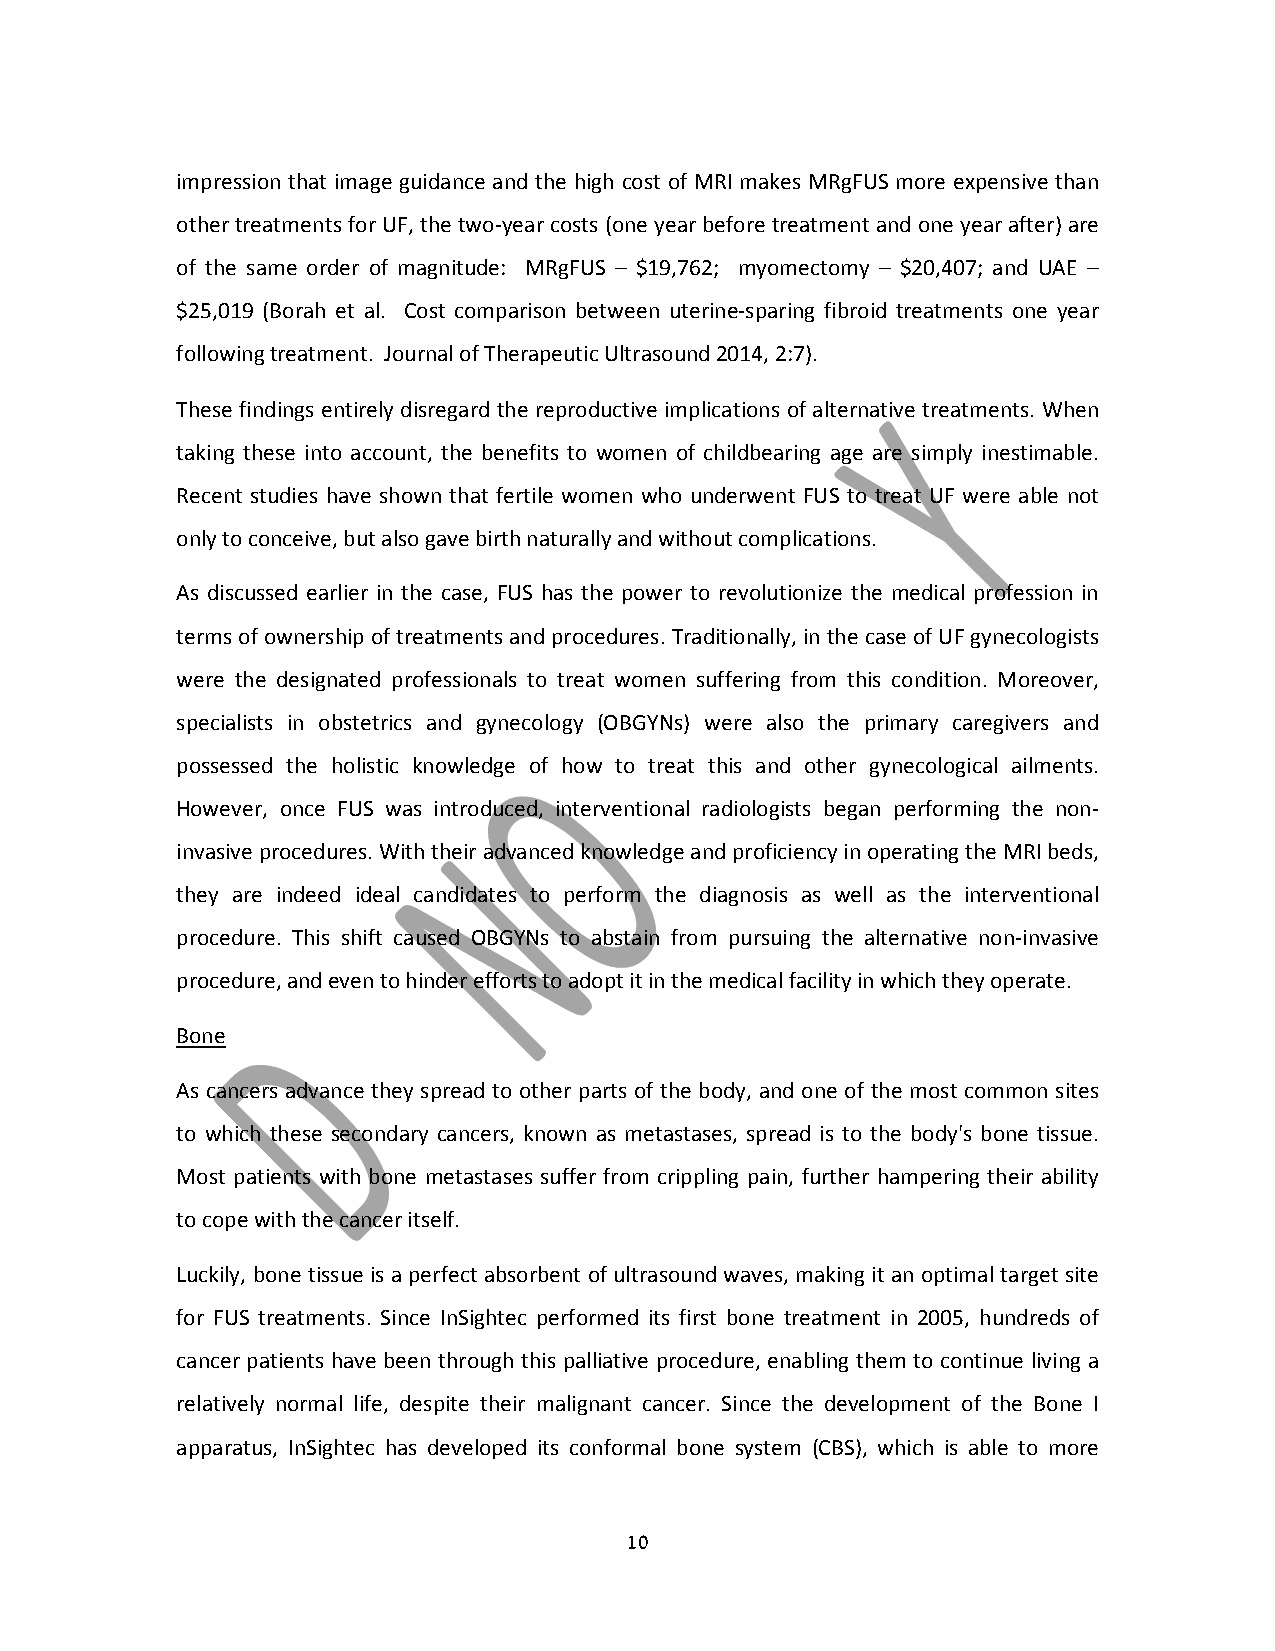
impression that image guidance and the high cost of MRI makes MRgFUS more expensive than
 other treatments for UF, the two‐year costs (one year before treatment and one year after) are
 of the same order of magnitude: MRgFUS – $19,762; myomectomy – $20,407; and UAE –
 $25,019 (Borah et al. Cost comparison between uterine‐sparing fibroid treatments one year
 following treatment. Journal of Therapeutic Ultrasound 2014, 2:7).
 These findings entirely disregard the reproductive implications of alternative treatments. When
 taking these into account, the benefits to women of childbearing age are simply inestimable.
 Recent studies have shown that fertile women who underwent FUS to treat UF were able not
 only to conceive, but also gave birth naturally and without complications.
 As discussed earlier in the case, FUS has the power to revolutionize the medical profession in
 terms of ownership of treatments and procedures. Traditionally, in the case of UF gynecologists
 were the designated professionals to treat women suffering from this condition. Moreover,
 specialists in obstetrics and gynecology (OBGYNs) were also the primary caregivers and
 possessed the holistic knowledge of how to treat this and other gynecological ailments.
 However, once FUS was introduced, interventional radiologists began performing the non‐
 invasive procedures. With their advanced knowledge and proficiency in operating the MRI beds,
 they are indeed ideal candidates to perform the diagnosis as well as the interventional
 procedure. This shift caused OBGYNs to abstain from pursuing the alternative non‐invasive
 procedure, and even to hinder efforts to adopt it in the medical facility in which they operate.
 Bone
 As cancers advance they spread to other parts of the body, and one of the most common sites
 to which these secondary cancers, known as metastases, spread is to the body's bone tissue.
 Most patients with bone metastases suffer from crippling pain, further hampering their ability
 to cope with the cancer itself.
 Luckily, bone tissue is a perfect absorbent of ultrasound waves, making it an optimal target site
 for FUS treatments. Since InSightec performed its first bone treatment in 2005, hundreds of
 cancer patients have been through this palliative procedure, enabling them to continue living a
 relatively normal life, despite their malignant cancer. Since the development of the Bone I
 apparatus, InSightec has developed its conformal bone system (CBS), which is able to more
 10